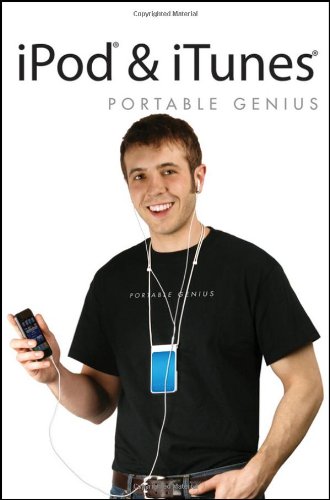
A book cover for iPod & iTunes Portable Genius; Jesse David Hollington; Computers & Technology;